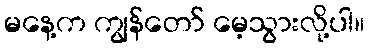
မနေ့က ကျွန်တော် မေ့သွားလို့ပါ။